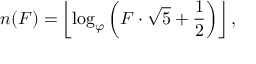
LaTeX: n ( F ) = \left\lfloor \log _ { \varphi } \left( F \cdot { \sqrt { 5 } } + { \frac { 1 } { 2 } } \right) \right\rfloor ,